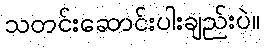
သတင်းဆောင်းပါးချည်းပဲ။